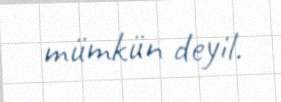
mümkün deyil.